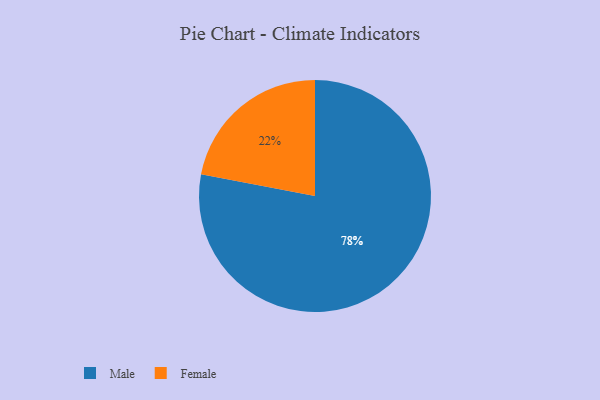
{"axis": {"x": "Category", "y": "Percentage"}, "legend": ["Female", "Male"], "data": [{"x": "Female", "y": 22, "type": "Female"}, {"x": "Male", "y": 78, "type": "Male"}]}